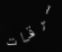
سرقات